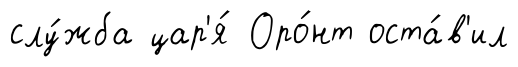
слу́жба цар'я́ Оро́нт оста́в'ил